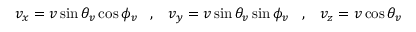
v _ { x } = v \sin \theta _ { v } \cos \phi _ { v } \; \; \; , \; \; \; v _ { y } = v \sin \theta _ { v } \sin \phi _ { v } \; \; \; , \; \; \; v _ { z } = v \cos \theta _ { v }